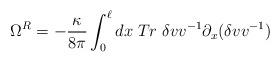
LaTeX: \begin{align*}\Omega ^R = -{\kappa \over{ 8\pi}}\int_0^\ell dx\; Tr\; \delta v v^{-1} \partial_x(\delta v v^{-1})\end{align*}